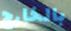
بالخارج